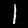
Label: 1